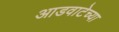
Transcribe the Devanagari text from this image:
आडवाटेच्या